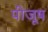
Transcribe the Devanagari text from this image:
पीजूष